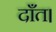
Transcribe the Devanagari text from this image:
दाँत।